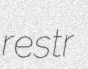
restr